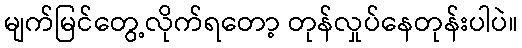
မျက်မြင်တွေ့လိုက်ရတော့ တုန်လှုပ်နေတုန်းပါပဲ။